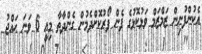
އެކުންފުނިން ޒަމްޒަމް ވަޅުކޮޅުގެ ފެން ފޯރުކޮށްދެމުން ގެންދާތާ މިއީ 6 ވަނަ ޙައްޖު